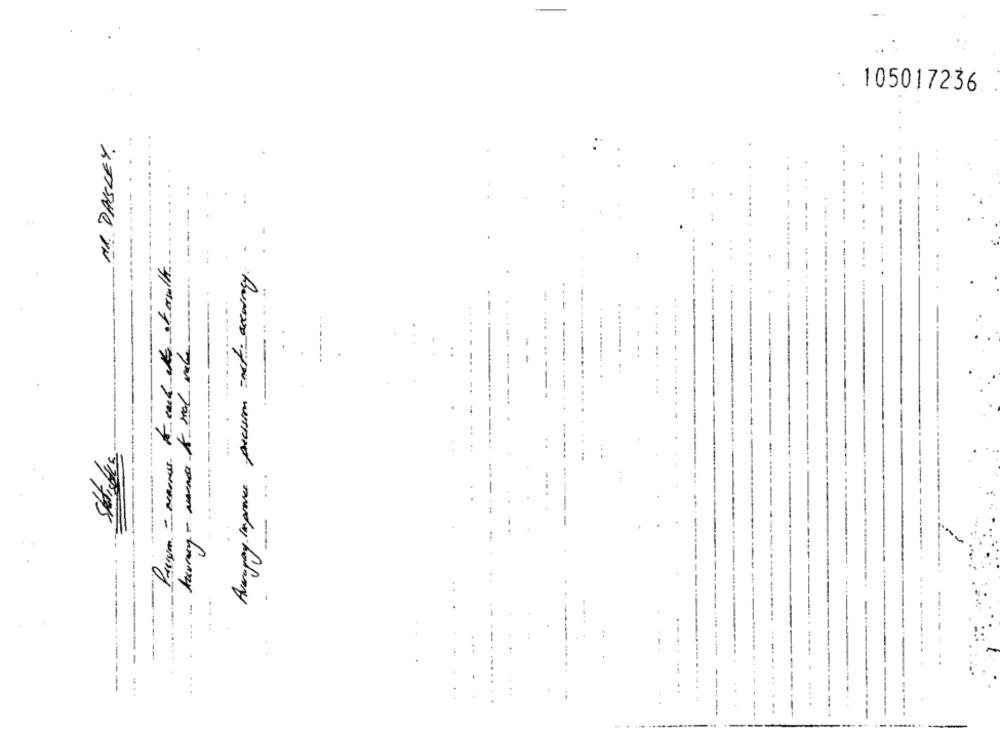
105017236
MR. DASLEY
Avrupay Improve precision west accuracy .
--
Storistes
---
--